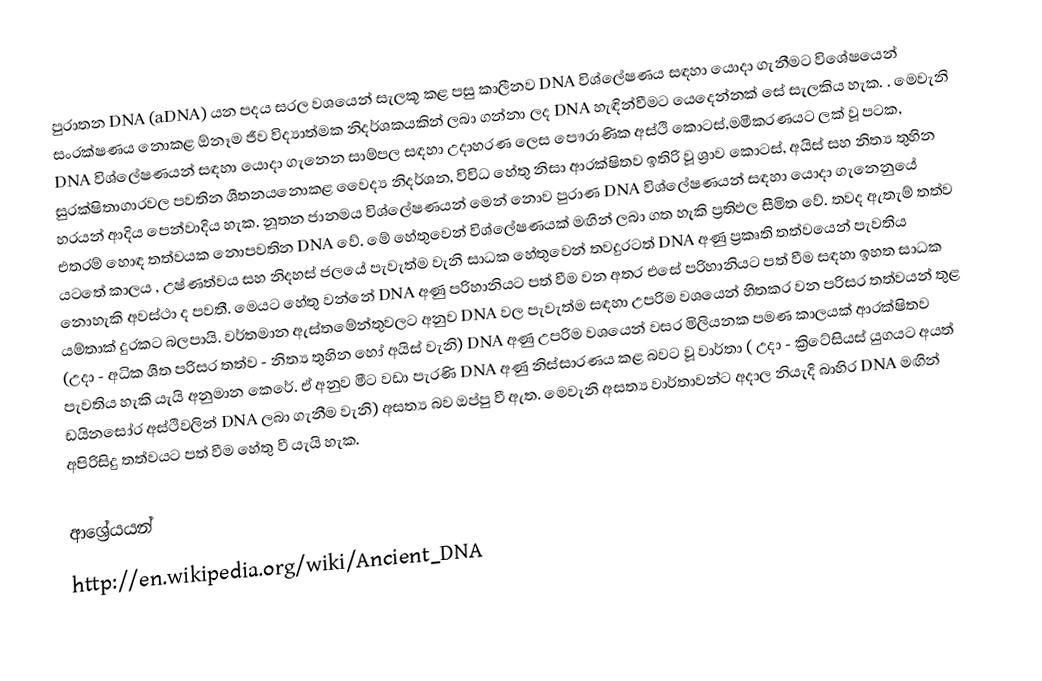
පුරාතන DNA (aDNA) යන පදය සරල වශයෙන් සැලකූ කළ පසු කාලීනව DNA විශ්ලේෂණය සඳහා යොදා ගැනීමට විශේෂයෙන් සංරක්ෂණය නොකළ ඕනෑම ජීව විද්‍යාත්මක නිදර්ශකයකින් ලබා ගන්නා ලද DNA හැඳින්වීමට යෙදෙන්නක් සේ සැලකිය හැක. . මෙවැනි DNA විශ්ලේෂණයන් සඳහා යොදා ගැනෙන සාම්පල සඳහා උදාහරණ ලෙස පෞරාණික අස්ථි කොටස්,මමීකරණයට ලක් වූ පටක, සුරක්ෂිතාගාරවල පවතින ශීතනය‍නොකළ වෛද්‍ය නිදර්ශන, විවිධ හේතු නිසා ආරක්ෂිතව ඉතිරි වූ ශ්‍රාව කොටස්, අයිස් සහ නිත්‍ය තුහින හරයන් ආදිය පෙන්වාදිය හැක. නූතන ජානමය විශ්ලේෂණයන් මෙන් නොව පුරාණ DNA විශ්ලේෂණයන් සඳහා යොදා ගැනෙනුයේ එතරම් හොඳ තත්වයක නොපවතින DNA වේ. මේ හේතුවෙන් විශ්ලේෂණයක් මඟින් ලබා ගත හැකි ප්‍රතිඵල සීමිත වේ. තවද ඇතැම් තත්ව යටතේ කාලය , උෂ්ණත්වය සහ නිදහස් ජලයේ පැවැත්ම වැනි සාධක හේතුවෙන් තවදුරටත් DNA අණු ප්‍රකෘති තත්වයෙන් පැවතිය නොහැකි අවස්ථා ද පවතී. මෙයට හේතු වන්නේ DNA අණු පරිහානියට පත් වීම වන අතර එසේ පරිහානියට පත් වීම සඳහා ඉහත සාධක යම්තාක් දුරකට බලපායි. වර්තමාන ඇස්තමේන්තුවලට අනුව DNA වල පැවැත්ම සඳහා උපරිම වශයෙන් හිතකර වන පරිසර තත්වයන් තුළ (උදා - අධික ශීත පරිසර තත්ව - නිත්‍ය තුහින හෝ අයිස් වැනි) DNA අණු උපරිම වශයෙන් වසර මිලියනක පමණ කාලයක් ආරක්ෂිතව පැවතිය හැකි යැයි අනුමාන කෙරේ. ඒ අනුව මීට වඩා පැරණි DNA අණු නිස්සාරණය කළ බවට වූ වාර්තා ( උදා - ක්‍රිටේසියස් යුගයට අයත් ‍ඩයිනසෝර අස්ථිවලින් DNA ලබා ගැනීම වැනි) අසත්‍ය බව ඔප්පු වී ඇත. මෙවැනි අසත්‍ය වාර්තාවන්ට අදාල නියැදි බාහිර DNA මඟින් අපිරිසිදු තත්වයට පත් වීම ‍හේතු වී යැයි හැක.

ආශ්‍රේයයන්
http://en.wikipedia.org/wiki/Ancient_DNA